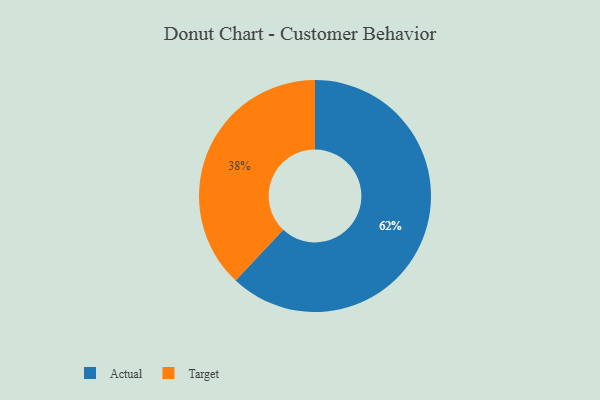
{"axis": {"x": "Category", "y": "Percentage"}, "legend": ["Actual", "Target"], "data": [{"x": "Actual", "y": 62, "type": "Actual"}, {"x": "Target", "y": 38, "type": "Target"}]}